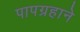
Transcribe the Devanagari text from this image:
पापग्रहाने